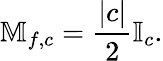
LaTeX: \mathbb{M}_{f,c}=\frac{|c|}{2}\mathbb{I}_{c}.